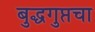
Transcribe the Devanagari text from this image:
बुद्धगुप्तचा